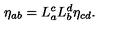
\eta _ { a b } = L _ { a } ^ { c } L _ { b } ^ { d } \eta _ { c d } .